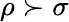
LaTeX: \rho\succ\sigma